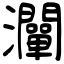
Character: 灛